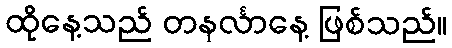
ထိုနေ့သည် တနင်္လာနေ့ ဖြစ်သည်။